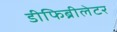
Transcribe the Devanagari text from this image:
डीफिब्रीलेटर